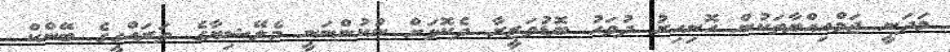
މަދަނީ ޖަމްއިއްޔާތަކުން ހޮނިހިރު ދުވަހު ބޮޑުވަޒީރާ ދެކޮޅަށް ނުކުންނަނީ މެލޭޝިޔާގެ ތަރައްގީގެ ބޭންކް